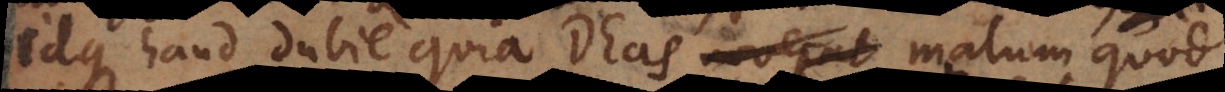
Idque haud dubie quia Deus noverat malum quod